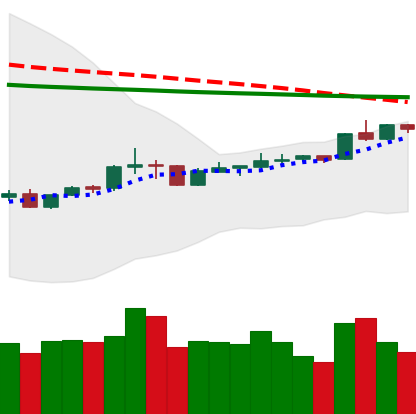
Ticker: XRP-USD
Chart end date: 2020-04-09
Forward return: -6.518%
Label: down_5_7